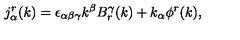
j _ { \alpha } ^ { r } ( k ) = \epsilon _ { \alpha \beta \gamma } k ^ { \beta } B _ { r } ^ { \gamma } ( k ) + k _ { \alpha } \phi ^ { r } ( k ) ,